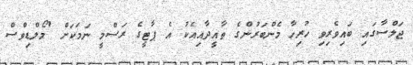
ޖަލްސާގައި ބައިވެރިވި ހުރިހާ މެންބަރުންގެ ތާއީދާއިއެކު އެ ޕާޓީގެ ރަސްމީ ނަމަކަށް 'މޯލްޑިވްސް